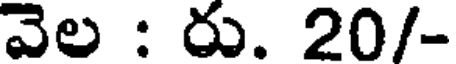
వెల : రు. 20/-